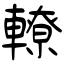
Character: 轑